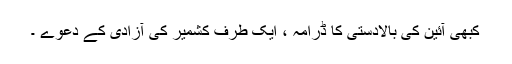
کبھی آئین کی بالادستی کا ڈرامہ ، ایک طرف کشمیر کی آزادی کے دعوے ۔